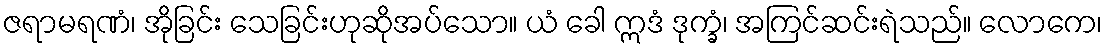
ဇရာမရဏံ၊ အိုခြင်း သေခြင်းဟုဆိုအပ်သော။ ယံ ခေါ ဣဒံ ဒုက္ခံ၊ အကြင်ဆင်းရဲသည်။ လောကေ၊